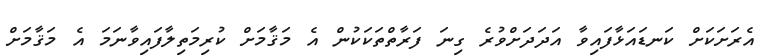
އެރަށަކަށް ކަނޑައަޅާފައިވާ އަދަދަށްވުރެ ގިނަ ފަރާތްތަކަކުން އެ މަޤާމަށް ކުރިމަތިލާފައިވާނަމަ އެ މަޤާމަށް